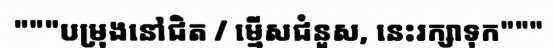
"""បម្រុងនៅជិត / ម្មើសជំនួស, នេះរក្សាទុក"""